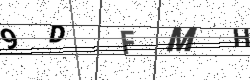
Text: 9DFMH